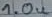
Text: 1.0u